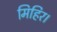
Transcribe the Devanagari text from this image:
मिहिर।